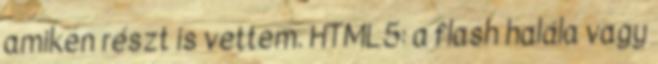
amiken részt is vettem. HTML5: a flash halála vagy